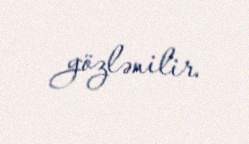
gözlənilir.